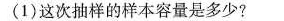
(1)这次抽样的样本容量是多少?